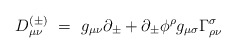
\begin{align*}D^{(\pm)}_{\mu\nu} ~=~ g_{\mu\nu} \partial_\pm+ \partial_\pm \phi^\rho g_{\mu\sigma} \Gamma^\sigma_{\rho\nu}\end{align*}